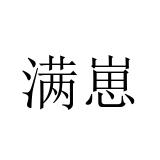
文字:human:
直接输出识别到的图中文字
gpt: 满崽